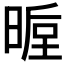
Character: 𭦵